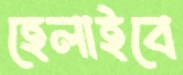
হেলাইবে